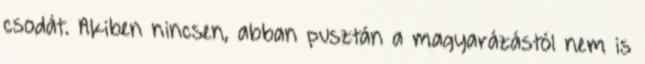
csodát. Akiben nincsen, abban pusztán a magyarázástól nem is